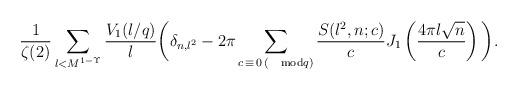
LaTeX: \begin{align*} & \frac{1}{\zeta(2)} \sum_{l<M^{1-\Upsilon}} \frac{V_1(l/q)}{l} \bigg( \delta_{n,l^2} - 2\pi \sum_{c\,\equiv\,0\,(\mod \hskip-3ptq)} \frac{S(l^2,n;c)}{c} J_{1}\left(\frac{4\pi l\sqrt{n}}{c}\right) \bigg) . \end{align*}